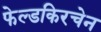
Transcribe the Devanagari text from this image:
फेल्डकिरचेन